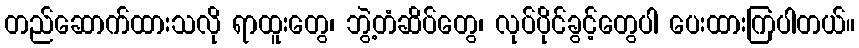
တည်ဆောက်ထားသလို ရာထူးတွေ၊ ဘွဲ့တံဆိပ်တွေ၊ လုပ်ပိုင်ခွင့်တွေပါ ပေးထားကြပါတယ်။